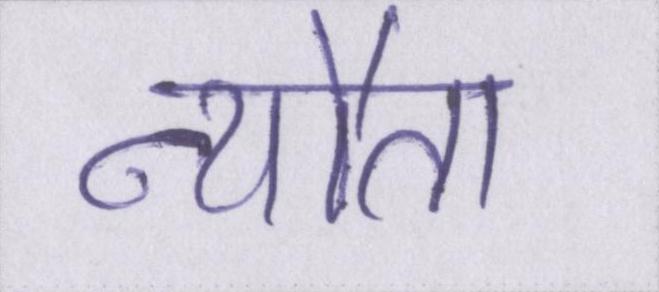
न्यौता